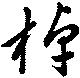
棹